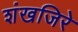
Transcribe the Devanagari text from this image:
शंखजिरे